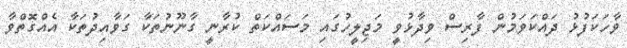
ވާހަކަފުޅު ދައްކަވަމުން ފާރިސް ވިދާޅުވީ މަޖިލީހުގައި މަސައްކަތް ކުރާނީ ގާނޫނުތަކާ ގަވާއިދުތަކާ އެއްގޮތްވާ